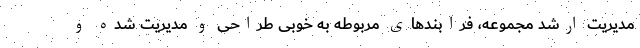
مدیریت ارشد مجموعه، فرابندهای مربوطه به خوبی طراحی و مدیریت شده و